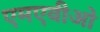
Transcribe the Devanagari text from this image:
एमएवीओ